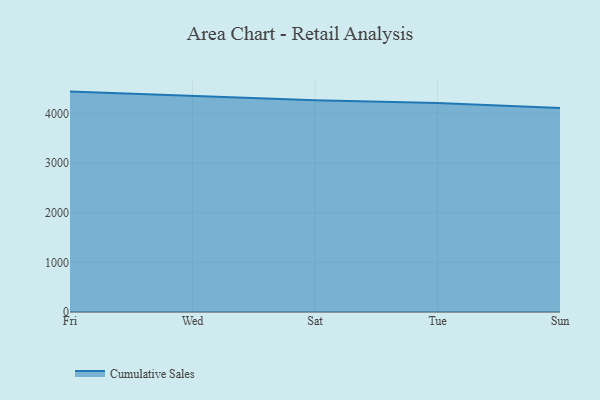
{"axis": {"x": "Day", "y": "Inventory Turnover"}, "legend": ["Cumulative Sales"], "data": [{"x": "Fri", "y": 4438.5, "type": "Cumulative Sales"}, {"x": "Wed", "y": 4352.7, "type": "Cumulative Sales"}, {"x": "Sat", "y": 4264.9, "type": "Cumulative Sales"}, {"x": "Tue", "y": 4211.2, "type": "Cumulative Sales"}, {"x": "Sun", "y": 4107.2, "type": "Cumulative Sales"}]}